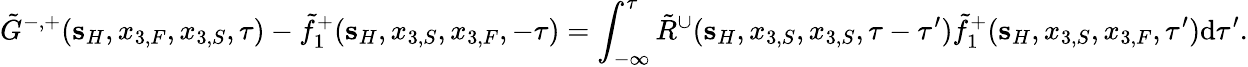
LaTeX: \tilde{G}^{-,+}({\mathbf s}_{H},x_{3,F},x_{3,S},\tau)-\tilde{f}_{1}^{+}({\mathbf s}_{H},x_{3,S},x_{3,F},-\tau)=\int_{-\infty}^{\tau}\tilde{R}^{\cup}({\mathbf s}_{H},x_{3,S},x_{3,S},\tau-\tau^{\prime})\tilde{f}_{1}^{+}({\mathbf s}_{H},x_{3,S},x_{3,F},\tau^{\prime})\mathrm{d}\tau^{\prime}.